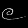
Digit: ၉